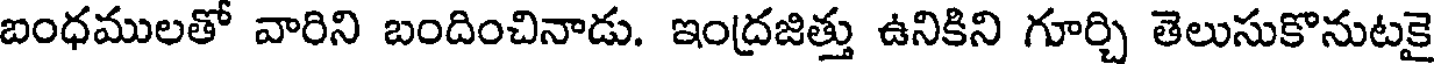
బంధములతో వారిని బందించినాడు. ఇంద్రజిత్తు ఉనికిని గూర్చి తెలుసుకొనుటకై